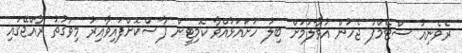
ރެވެނިއު ސްޓޭމްޕު ޖެހުން އުވާލުމަށް ބިލު ހުށައަޅުއްވާ ކޮމިޓީން ފާސްކޮށްފައިވާއިރު މިވަގުތު ރާއްޖޭގައި